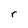
Character: r